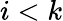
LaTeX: i<k